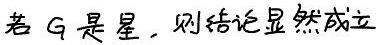
若 $G$ 是星，则结论显然成立